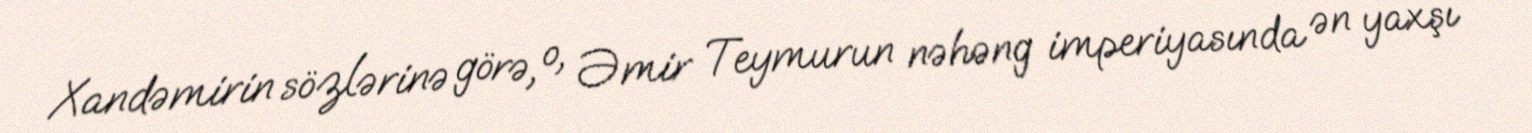
Xandəmirin sözlərinə görə, o, Əmir Teymurun nəhəng imperiyasında ən yaxşı